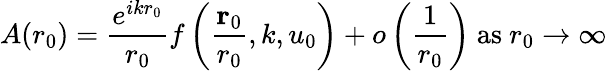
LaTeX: A(r_{0})={\frac{e^{ikr_{0}}}{r_{0}}}f\left({\frac{\mathbf{r}_{0}}{r_{0}}},k,u_{0}\right)+o\left({\frac{1}{r_{0}}}\right){\mathrm{~as~}}r_{0}\to\infty